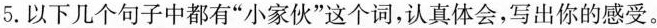
5.以下几个句子中都有”小家伙”这个词，认真体会，写出你的感受。